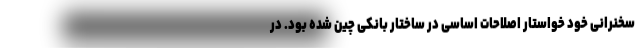
سخنرانی خود خواستار اصلاحات اساسی در ساختار بانکی چین شده بود. در